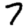
Digit: 7